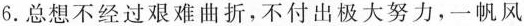
6.总想不经过艰难曲折，不付出极大努力，一帆风